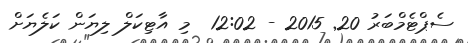
ސެޕްޓެމްބަރު 20